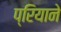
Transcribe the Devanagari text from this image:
प्रियाने